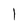
Character: I